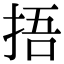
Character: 捂